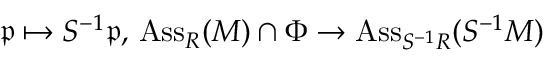
{ \mathfrak { p } } \mapsto S ^ { - 1 } { \mathfrak { p } } , \, \operatorname { A s s } _ { R } ( M ) \cap \Phi \to \operatorname { A s s } _ { S ^ { - 1 } R } ( S ^ { - 1 } M )